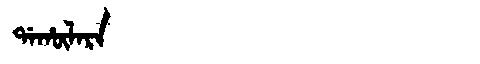
Manchu: ᡩᠠᡥᡡᠯᠠᡵᠠ
Romanization: DAHŪLARA